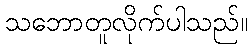
သဘောတူလိုက်ပါသည်။